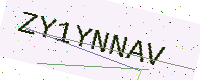
Text: ZY1YNNAV